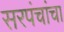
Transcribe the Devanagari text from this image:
सरपंचांचा